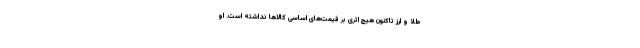
طلا و ارز تاکنون هیچ اثری بر قیمت‌های اساسی کالاها نداشته است. او